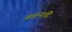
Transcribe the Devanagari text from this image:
वाहनादि